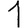
Digit: 1